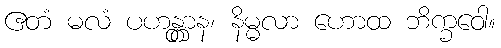
ဧတံ မလံ ပဟန္တွာန၊ နိမ္မလာ ဟောထ ဘိက္ခဝေါ။